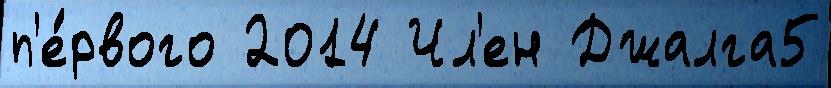
п'е́рвого 2014 Чл'ен Джалга5